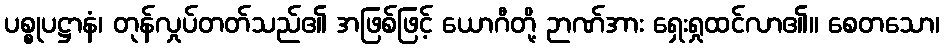
ပစ္စုပဋ္ဌာနံ၊ တုန်လှုပ်တတ်သည်၏ အဖြစ်ဖြင့် ယောဂီတို့ ဉာဏ်အား ရှေးရှုထင်လာ၏။ စေတသော၊